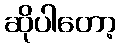
ဆိုပါတော့